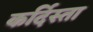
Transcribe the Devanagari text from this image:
कर्दिस्ता